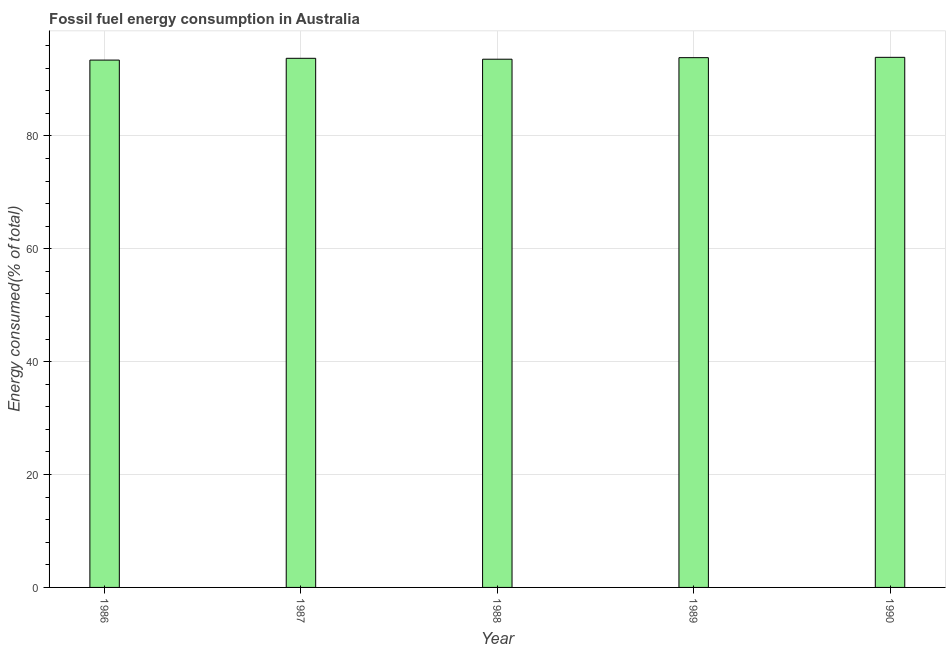
| Year | Fossil fuel energy consumption (% of total) |
 | --- | --- |
 | 1986 | 93.4 |
 | 1987 | 93.7 |
 | 1988 | 93.6 |
 | 1989 | 93.9 |
 | 1990 | 93.9 |